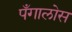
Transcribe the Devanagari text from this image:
पँगालोस